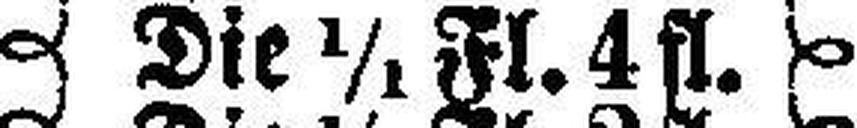
Die 1/1 Fl. 4 fl.